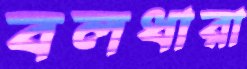
বলধারা